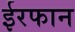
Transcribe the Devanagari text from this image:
ईरफान